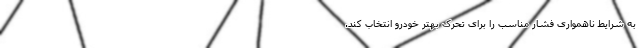
به شرایط ناهمواری فشار مناسب را برای تحرک بهتر خودرو انتخاب کند.